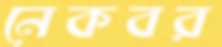
নেকবর